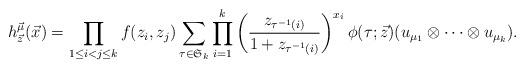
LaTeX: \begin{align*}h_{\vec{z}}^{\vec{\mu}}(\vec{x})=\prod_{1\le i<j\le k}f(z_{i}, z_{j}) \sum_{\tau \in \mathfrak{S}_{k}}\prod_{i=1}^{k}\left(\frac{z_{\tau^{-1}(i)}}{1+z_{\tau^{-1}(i)}}\right)^{x_{i}}\phi(\tau; \vec{z})(u_{\mu_{1}} \otimes \cdots \otimes u_{\mu_{k}}). \end{align*}